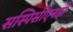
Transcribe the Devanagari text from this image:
सस्पिसीएनडो